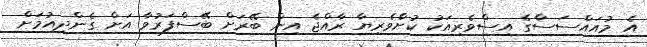
އެ މުއައްސަސާގެ އިސްވެރިއަކު ކުށްެވެރިޔާ ރާއްޖެ އިން ބޭރަށް ބޭސްފަރުވާ އަށް ގެންދިއުމަށް